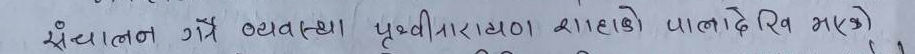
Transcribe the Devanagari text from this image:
संचालन गर्ने व्यवस्था पृथ्वीनारायण शाहको पालादेखि भएको